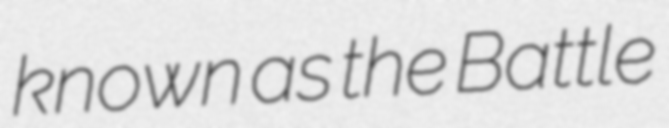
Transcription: known as the Battle